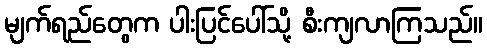
မျက်ရည်တွေက ပါးပြင်ပေါ်သို့ စီးကျလာကြသည်။